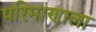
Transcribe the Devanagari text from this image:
परिमाणाला